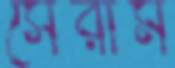
সেরাম